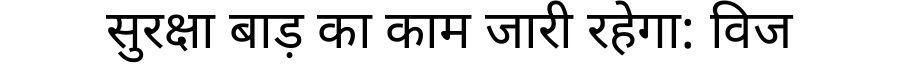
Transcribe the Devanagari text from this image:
सुरक्षा बाड़ का काम जारी रहेगा: विज